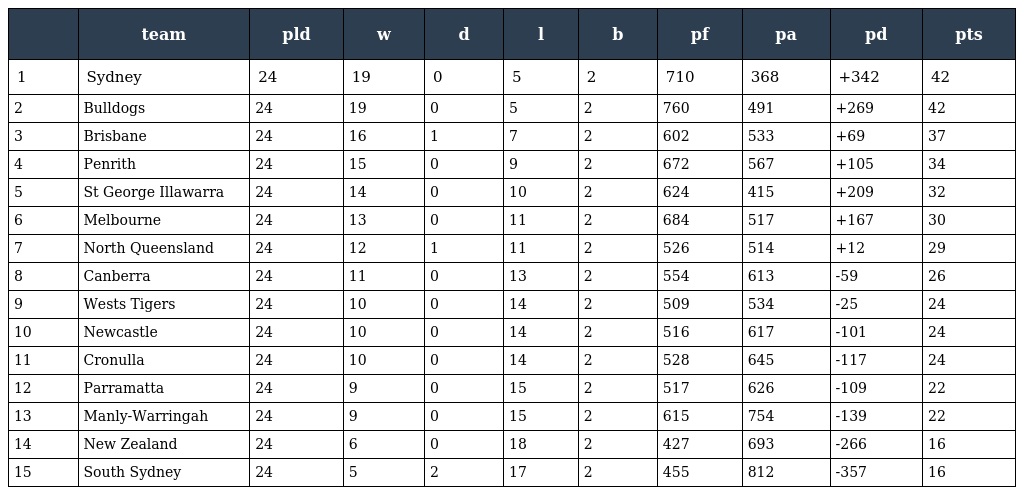
|  | team | pld | w | d | l | b | pf | pa | pd | pts |
 | --- | --- | --- | --- | --- | --- | --- | --- | --- | --- | --- |
 | 1 | Sydney | 24 | 19 | 0 | 5 | 2 | 710 | 368 | +342 | 42 |
 | 2 | Bulldogs | 24 | 19 | 0 | 5 | 2 | 760 | 491 | +269 | 42 |
 | 3 | Brisbane | 24 | 16 | 1 | 7 | 2 | 602 | 533 | +69 | 37 |
 | 4 | Penrith | 24 | 15 | 0 | 9 | 2 | 672 | 567 | +105 | 34 |
 | 5 | St George Illawarra | 24 | 14 | 0 | 10 | 2 | 624 | 415 | +209 | 32 |
 | 6 | Melbourne | 24 | 13 | 0 | 11 | 2 | 684 | 517 | +167 | 30 |
 | 7 | North Queensland | 24 | 12 | 1 | 11 | 2 | 526 | 514 | +12 | 29 |
 | 8 | Canberra | 24 | 11 | 0 | 13 | 2 | 554 | 613 | -59 | 26 |
 | 9 | Wests Tigers | 24 | 10 | 0 | 14 | 2 | 509 | 534 | -25 | 24 |
 | 10 | Newcastle | 24 | 10 | 0 | 14 | 2 | 516 | 617 | -101 | 24 |
 | 11 | Cronulla | 24 | 10 | 0 | 14 | 2 | 528 | 645 | -117 | 24 |
 | 12 | Parramatta | 24 | 9 | 0 | 15 | 2 | 517 | 626 | -109 | 22 |
 | 13 | Manly-Warringah | 24 | 9 | 0 | 15 | 2 | 615 | 754 | -139 | 22 |
 | 14 | New Zealand | 24 | 6 | 0 | 18 | 2 | 427 | 693 | -266 | 16 |
 | 15 | South Sydney | 24 | 5 | 2 | 17 | 2 | 455 | 812 | -357 | 16 |